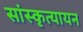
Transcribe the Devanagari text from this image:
सांस्कृत्यायन